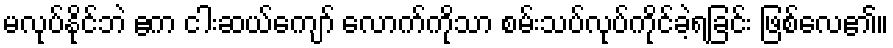
မလုပ်နိုင်ဘဲ ဧက ငါးဆယ်ကျော် လောက်ကိုသာ စမ်းသပ်လုပ်ကိုင်ခဲ့ရခြင်း ဖြစ်လေ၏။